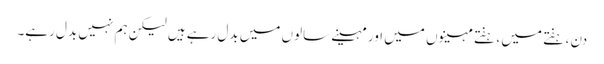
دن ، ہفتے میں ، ہفتے مہینوں میں اور مہینے سالوں میں بدل رہے ہیں لیکن ہم نہیں بدل رہے۔